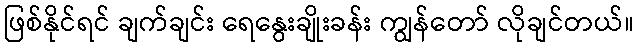
ဖြစ်နိုင်ရင် ချက်ချင်း ရေနွေးချိုးခန်း ကျွန်တော် လိုချင်တယ်။